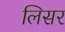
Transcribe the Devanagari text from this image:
लिसर